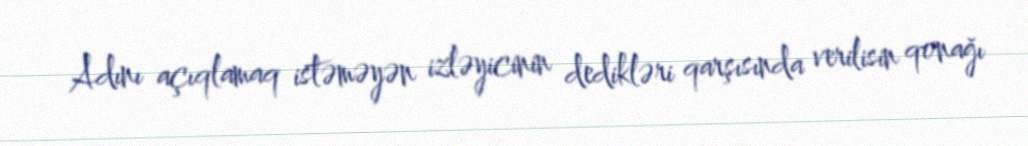
Adını açıqlamaq istəməyən izləyicinin dedikləri qarşısında verilisin qonağı